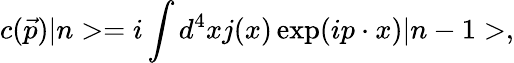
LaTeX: c(\vec{p})|n>=i\int d^{4}xj(x)\exp(ip\cdot x)|n-1>,